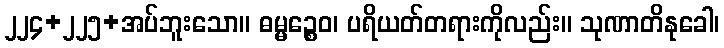
၂၂၄+၂၂၅+အပ်ဘူးသော။ ဓမ္မဉ္စေဝ၊ ပရိယတ်တရားကိုလည်း။ သုဏာတိနုခေါ၊